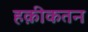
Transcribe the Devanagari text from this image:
हक़ीकतन